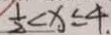
\frac { 1 } { 2 } < x \leq 4 .